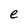
Character: e